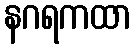
နဂရကထာ